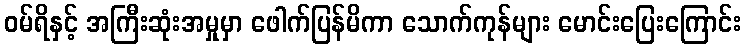
ဝမ်ရိနှင့် အကြီးဆုံးအမှုမှာ ဖေါက်ပြန်မိကာ သောက်ကုန်များ မောင်းပြေးကြောင်း